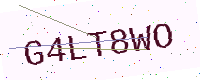
Text: G4LT8WO